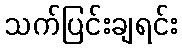
သက်ပြင်းချရင်း